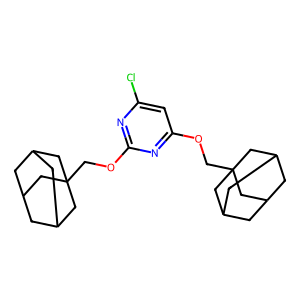
SMILES: Clc1cc(OCC23CC4CC(CC(C4)C2)C3)nc(OCC23CC4CC(CC(C4)C2)C3)n1
Inhibits HIV replication: No